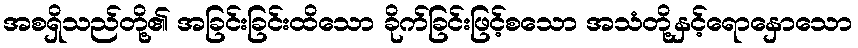
အစရှိသည်တို့၏ အခြင်းခြင်းထိသော ခိုက်ခြင်းဖြင့်စသော အသံတို့နှင့်ရောနှောသော